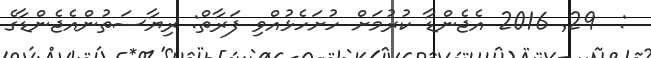
:  29